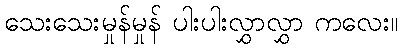
သေးသေးမှုန်မှုန် ပါးပါးလွှာလွှာ ကလေး။